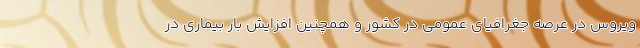
ویروس در عرصه جغرافیای عمومی در کشور و همچنین افزایش بار بیماری در